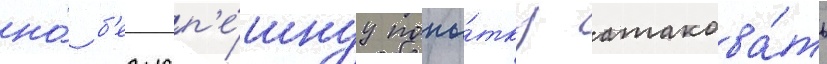
но́ б'езусп'е́шнуу попы́тку атакова́ть